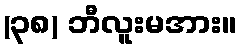
(၃၈) ဘီလူးမအား။